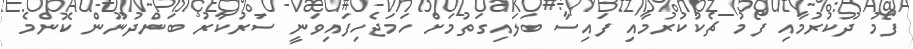
ފޯމު ދޫކުރުމާއި ފޯމު ޗެކުކުރުމާއި ފައިސާ ބަލައިގަތުމަށް ހަމަޖެހިފައިވަނީ ސަރުކާރު ބަންދުނޫން ކޮންމެ